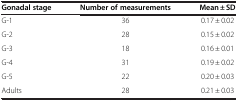
| Gonadal stage | Number of measurements | Mean ± SD |
 | --- | --- | --- |
 | G-1 | 36 | 0.17 ± 0.02 |
 | G-2 | 28 | 0.15 ± 0.02 |
 | G-3 | 18 | 0.16 ± 0.01 |
 | G-4 | 31 | 0.19 ± 0.02 |
 | G-5 | 22 | 0.20 ± 0.03 |
 | Adults | 28 | 0.21 ± 0.03 |